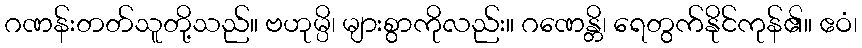
ဂဏန်းတတ်သူတို့သည်။ ဗဟုမ္ပိ၊ များစွာကိုလည်း။ ဂဏေန္တိ၊ ရေတွက်နိုင်ကုန်၏။ ဧဝံ၊